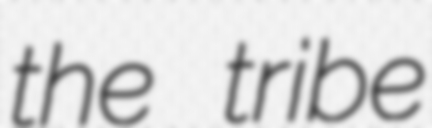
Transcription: the tribe